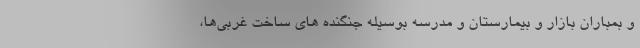
و بمباران بازار و بیمارستان و مدرسه بوسیله جنگنده های ساخت غربی‌ها،